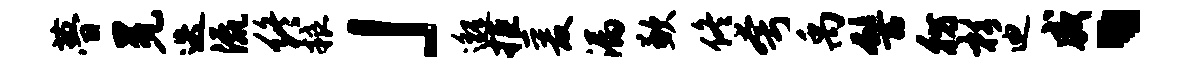
瞢冕迭流终粮」邈拒爰漏歉佟夸禹髻彷杉迪威、